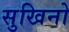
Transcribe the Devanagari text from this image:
सुखिनो